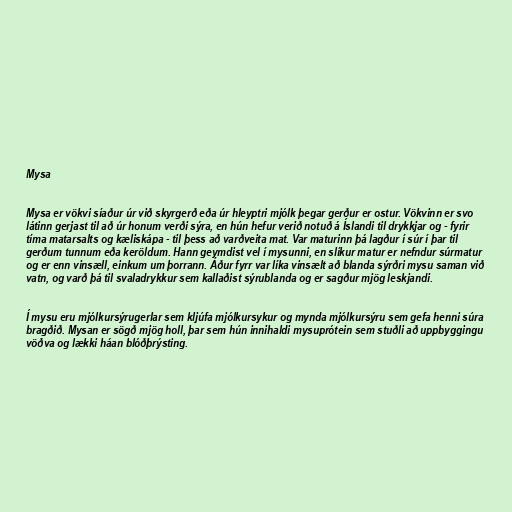
Mysa

Mysa er vökvi síaður úr við skyrgerð eða úr hleyptri mjólk þegar gerður er ostur. Vökvinn er svo
látinn gerjast til að úr honum verði sýra, en hún hefur verið notuð á Íslandi til drykkjar og - fyrir
tíma matarsalts og kæliskápa - til þess að varðveita mat. Var maturinn þá lagður í súr í þar til
gerðum tunnum eða keröldum. Hann geymdist vel í mysunni, en slíkur matur er nefndur súrmatur
og er enn vinsæll, einkum um þorrann. Áður fyrr var líka vinsælt að blanda sýrðri mysu saman við
vatn, og varð þá til svaladrykkur sem kallaðist sýrublanda og er sagður mjög leskjandi.

Í mysu eru mjólkursýrugerlar sem kljúfa mjólkursykur og mynda mjólkursýru sem gefa henni súra
bragðið. Mysan er sögð mjög holl, þar sem hún innihaldi mysuprótein sem stuðli að uppbyggingu
vöðva og lækki háan blóðþrýsting.